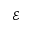
\mathcal { E }